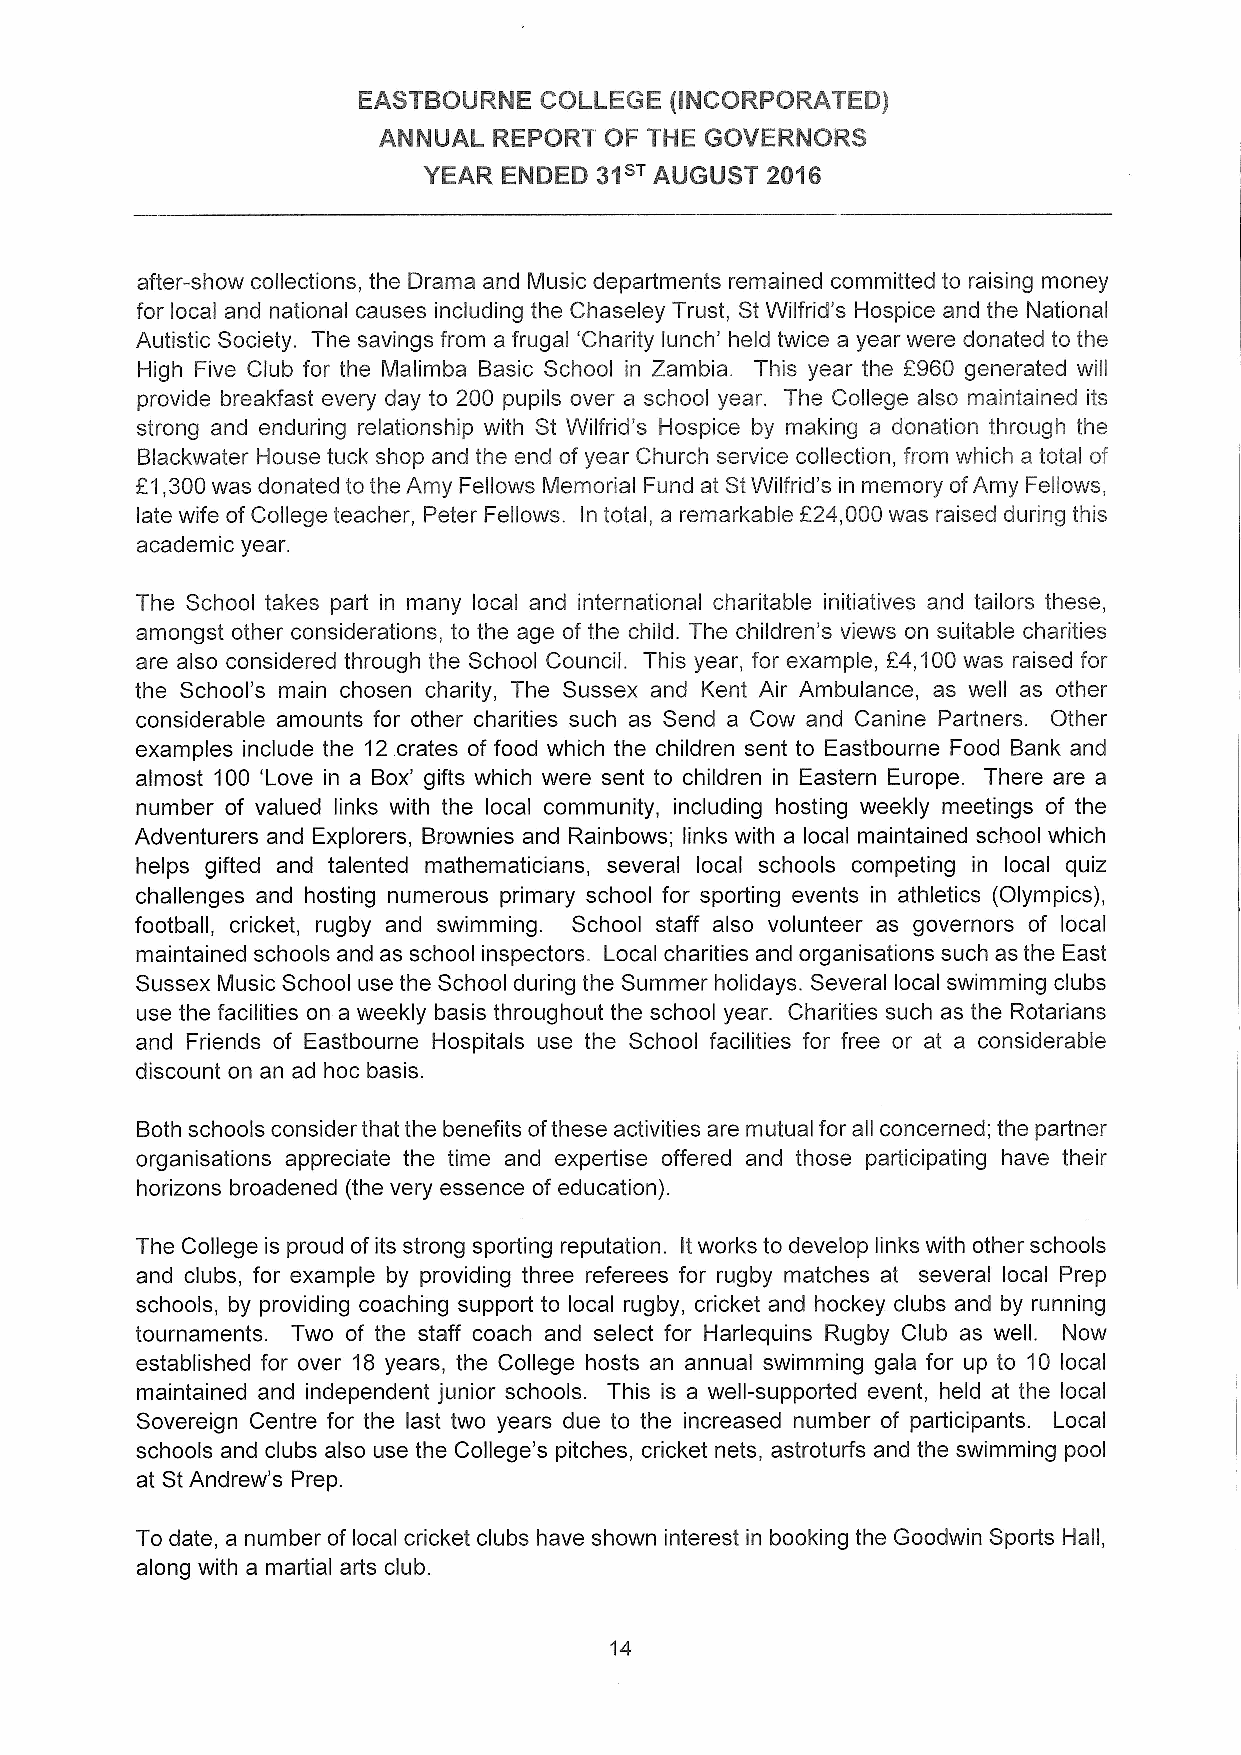
EASTBOURNE  COLLEGE (INCORPORATED)
 ANNUAL  REPORT OF THE GOVERNORS
 YEAR ENDED 31sv AUGUST 2016
 after-show collections, the Drama and Music departments remained committed to raising money
 for local and national causes including the Chaseley Trust, StWilfrid's Hospice and the National
 Autistic Society. The savings from a frugal 'Charity lunch' held twice a year were donated to the
 High Five Club for the Malimba Basic School in Zambia. This year the 2960 generated will
 provide breakfast every day to 200 pupils over a school year. The College also maintained its
 strong and enduring relationship with St Wilfrid's Hospice by making a donation through the
 Blackwater House tuck shop and the end of year Church service collection, from which a total of
 E1,300was donated to the Amy Fellows Memorial Fund at StWilfrid's in memory ofAmy Fellows,
 late wife ofCollege teacher, Peter Fellows. In total, a remarkable f24,000was raised during this
 academic year.
 The School takes part in many local and international charitable initiatives and tailors these,
 amongst other considerations, to the age of the child. The children's views on suitable charities
 are also considered through the School Council. This year, for example, E4,100was raised for
 the School's main chosen charity, The Sussex and Kent Air Ambulance, as well as other
 considerable amounts for other charities such as Send a Cow and Canine Partners. Other
 examples include the 12.crates of food which the children sent to Eastbourne Food Bank and
 almost 100 'Love in a Box' gifts which were sent to children in Eastern Europe. There are a
 number of valued links with the local community, including hosting weekly meetings of the
 Adventurers and Explorers, Brownies and Rainbows; links with a local maintained school which
 helps gifted and talented mathematicians, several local schools competing in local quiz
 challenges and hosting numerous primary school for sporting events in athletics (Olympics),
 football, cricket, rugby and swimming. School staff also volunteer as governors of local
 maintained schools and as school inspectors. Local charities and organisations such as the East
 Sussex Music School use the School during the Summer holidays. Several local swimming clubs
 use the facilities on a weekly basis throughout the school year. Charities such as the Rotarians
 and Friends of Eastbourne Hospitals use the School facilities for free or at a considerable
 discount on an ad hoc basis.
 Both schools consider that the benefits ofthese activities are mutual for all concerned; the partner
 organisations appreciate the time and expertise offered and those participating have their
 horizons broadened (the very essence of education).
 The College is proud ofits strong sporting reputation. Itworks to develop links with other schools
 and clubs, for example by providing three referees for rugby matches at several local Prep
 schools, by providing coaching support to local rugby, cricket and hockey clubs and by running
 tournaments. Two of the staff coach and select for Harlequins Rugby Club as well. Now
 established for over 18 years, the College hosts an annual swimming gala for up to 10 local
 maintained and independent junior schools. This is a well-supported event, held at the local
 Sovereign Centre for the last two years due to the increased number of participants. Local
 schools and clubs also use the College's pitches, cricket nets, astroturfs and the swimming pool
 at StAndrew's Prep.
 To date, a number of local cricket clubs have shown interest in booking the Goodwin Sports Hall,
 along with a martial arts club.
 14